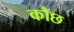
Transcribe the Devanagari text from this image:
कौछ